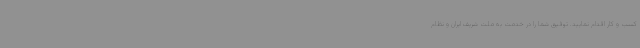
کسب و کار اقدام نمایید. توفیق شما را در خدمت به ملت شریف ایران و نظام